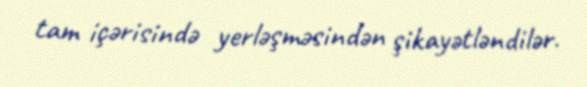
tam içərisində yerləşməsindən şikayətləndilər.